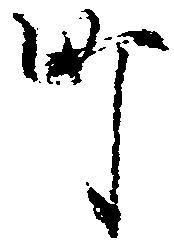
町